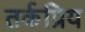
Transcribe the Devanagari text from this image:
तर्कप्रिय